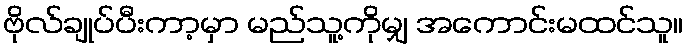
ဗိုလ်ချုပ်ပီးကာ့မှာ မည်သူ့ကိုမျှ အကောင်းမထင်သူ။